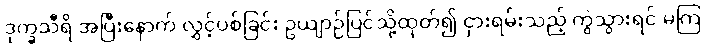
ဒုက္ခသီရိ အပြီးနောက် လွှင့်ပစ်ခြင်း ဥယျာဉ်ပြင်သို့ထုတ်၍ ငှားရမ်းသည့် ကွဲသွားရင် မကြ